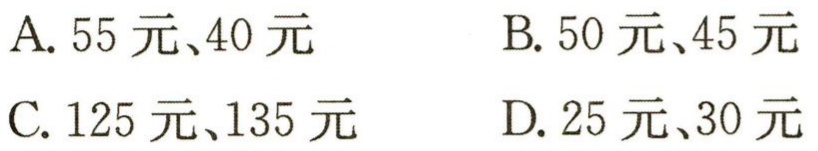
A. 55元、40元

B. 50元、45元

C. 125元、135元

D. 25元、30元